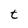
Character: t